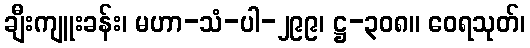
ချီးကျူးခန်း၊ မဟာ-သံ-ပါ-၂၉၉၊ ဋ္ဌ-၃၀၈။ ဝေရသုတ်၊